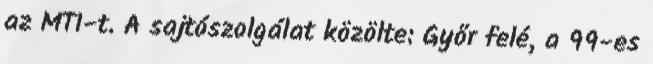
az MTI-t. A sajtószolgálat közölte: Győr felé, a 99-es